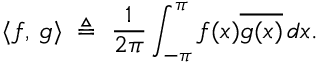
\langle f , \, g \rangle \; \triangleq \; { \frac { 1 } { 2 \pi } } \int _ { - \pi } ^ { \pi } f ( x ) { \overline { { g ( x ) } } } \, d x .